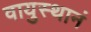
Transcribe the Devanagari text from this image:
वायुस्थानं